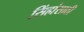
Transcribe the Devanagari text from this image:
सिंहांसाठी